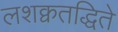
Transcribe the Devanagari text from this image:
लशक्वतद्धिते